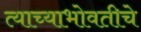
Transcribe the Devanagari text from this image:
त्याच्याभोवतीचे